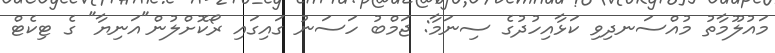
މައުލޫމާތު މުއްސަނދިވި ކަޅާއިހުދުގެ ސިނަމާ: ޖަމްބު ހަސަނު ގައިގައި ރޯކޮށްލުން"އަނިޔާ" ގެ ޓިކެޓް